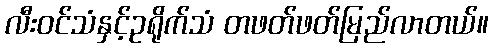
လီးဝင်သံနှင့်ဥရိုက်သံ တဖတ်ဖတ်မြည်လာတယ်။